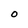
Character: 0